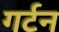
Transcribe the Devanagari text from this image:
गर्टन